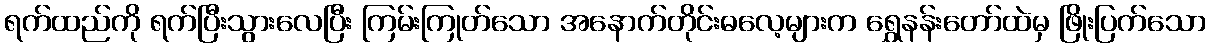
ရက်ထည်ကို ရက်ပြီးသွားလေပြီး ကြမ်းကြုတ်သော အနောက်တိုင်းဓလေ့များက ရွှေနန်းတော်ထဲမှ ဖြိုးပြက်သော